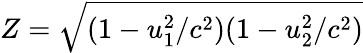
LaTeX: Z={\sqrt{(1-u_{1}^{2}/c^{2})(1-u_{2}^{2}/c^{2})}}